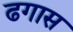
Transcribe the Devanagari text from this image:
ढगास